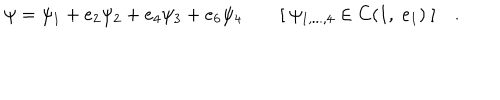
\psi = \psi _ { 1 } + e _ { 2 } \psi _ { 2 } + e _ { 4 } \psi _ { 3 } + e _ { 6 } \psi _ { 4 } \quad \quad [ ~ \psi _ { 1 , . . . , 4 } \in C ( 1 , \; e _ { 1 } ) ~ ] \quad .